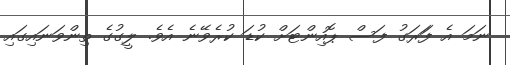
ނަމަ އެ ފަަރަގު ފަސް ޕޮއިންޓަށް ކުޑަ ކުރެވޭނެ އެވެ. ލީގުގެ ތިންވަނައިގައި